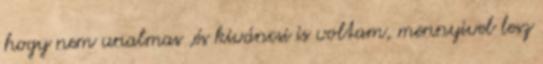
hogy nem unalmas ,és kiváncsi is voltam, mennyivel lesz